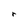
Character: r